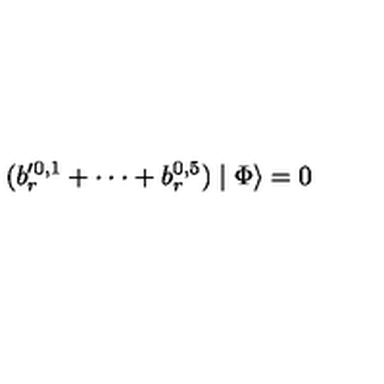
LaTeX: ( b _ { r } ^ { \prime 0 , 1 } + \cdot \cdot \cdot + b _ { r } ^ { 0 , 5 } ) \mid \Phi \rangle = 0